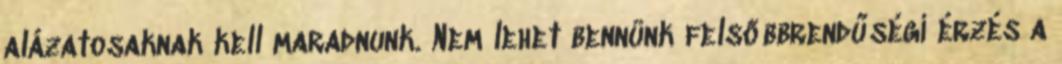
alázatosaknak kell maradnunk. Nem lehet bennünk felsőbbrendűségi érzés a